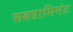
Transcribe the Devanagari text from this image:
सबडामिनंट